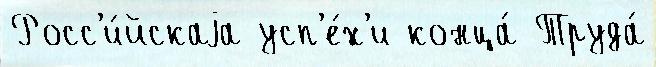
Росс'и́йскаjа усп'е́х'и конца́ Труда́